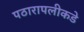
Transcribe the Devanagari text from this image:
पठारापलीकडे